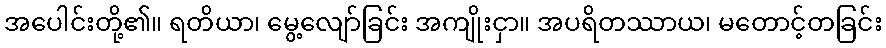
အပေါင်းတို့၏။ ရတိယာ၊ မွေ့လျော်ခြင်း အကျိုးငှာ။ အပရိတဿာယ၊ မတောင့်တခြင်း